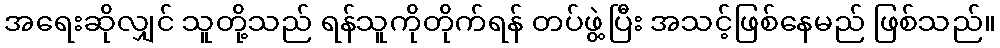
အရေးဆိုလျှင် သူတို့သည် ရန်သူကိုတိုက်ရန် တပ်ဖွဲ့ပြီး အသင့်ဖြစ်နေမည် ဖြစ်သည်။